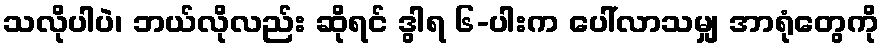
သလိုပါပဲ၊ ဘယ်လိုလည်း ဆိုရင် ဒွါရ ၆-ပါးက ပေါ်လာသမျှ အာရုံတွေကို